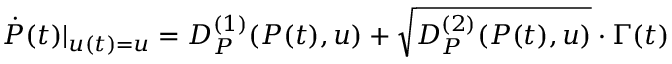
\begin{array} { r } { \dot { P } ( t ) | _ { u ( t ) = u } = D _ { P } ^ { ( 1 ) } ( P ( t ) , u ) + \sqrt { D _ { P } ^ { ( 2 ) } ( P ( t ) , u ) } \cdot \Gamma ( t ) } \end{array}